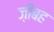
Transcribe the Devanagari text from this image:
ज़ीबह